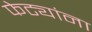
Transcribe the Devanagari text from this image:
फेट्यांना